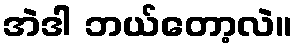
အဲဒါ ဘယ်တော့လဲ။